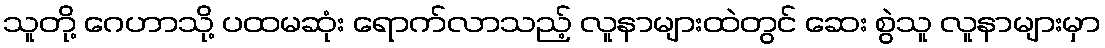
သူတို့ ဂေဟာသို့ ပထမဆုံး ရောက်လာသည့် လူနာများထဲတွင် ဆေး စွဲသူ လူနာများမှာ